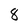
Character: 8